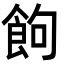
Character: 䬲